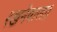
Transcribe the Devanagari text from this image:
रखनेवाला।